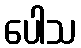
ပေါသ